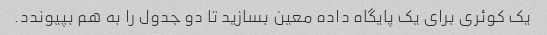
یک کوئری برای یک پایگاه داده معین بسازید تا دو جدول را به هم بپیوندد.